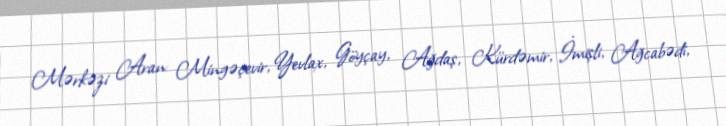
Mərkəzi Aran: Mingəçevir, Yevlax, Göyçay, Ağdaş, Kürdəmir, İmişli, Ağcabədi,